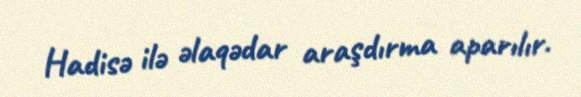
Hadisə ilə əlaqədar araşdırma aparılır.